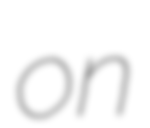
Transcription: on